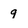
Character: 9